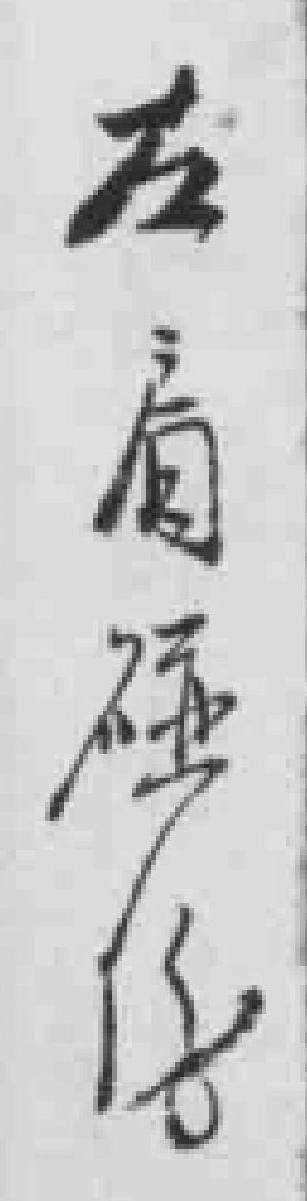
左肩碰傷